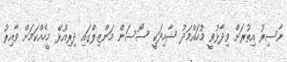
ނާސިރު އިތުރަށް ވިދާޅުވީ މުހައްމަދު ޝާހިދަކީ ސޯސަން މަންޒިލްގައި ދިރިއުޅޭ މީހެއްކަމަށް ވާއިރު